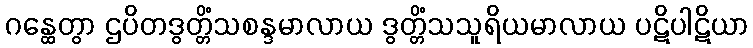
ဂန္ထေတွာ ဌပိတဒွတ္တိံသစန္ဒမာလာယ ဒွတ္တိံသသူရိယမာလာယ ပဋိပါဋိယာ